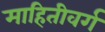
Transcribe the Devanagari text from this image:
माहितीवर्ग